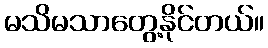
မသိမသာတွေ့နိုင်တယ်။